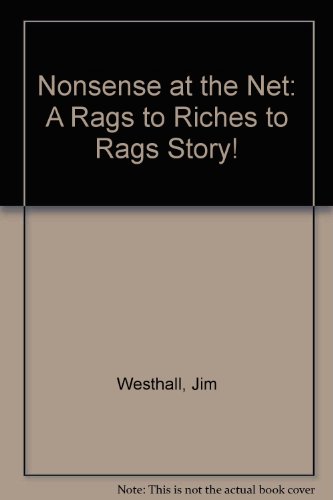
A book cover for Nonsense at the Net: A Rags to Riches to Rags Story!; Jim Westhall; Sports & Outdoors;